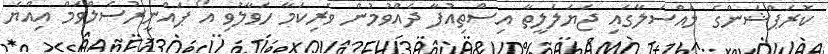
ކޮރަޕްޝަންގެ މައްސަލާގައި ޖަޔަލަލީތާ އިސްތިއުފާ ދެއްވުމުން ވެރިކަމާ ހަވާލުވި އޯ ޕައްނީރުސެލްވަމް އިއްޔެ